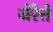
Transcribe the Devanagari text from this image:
जेंरेत्ते